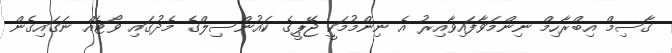
ގާސިމް އިބްރާހިމް ނިންމަވާފައިވާއިރު އެ ނިންމުމަކީ ޖޭޕީގެ ކައުންސިލްގެ މެދުގައި ވޯޓެއް ނަގައިގެން